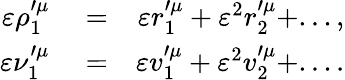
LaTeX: \begin{array}{rlr}{\varepsilon\rho_{1}^{\prime\mu}}&{{}=}&{\varepsilon r_{1}^{\prime\mu}+\varepsilon^{2}r_{2}^{\prime\mu}+...,}\\ {\varepsilon\nu_{1}^{\prime\mu}}&{{}=}&{\varepsilon v_{1}^{\prime\mu}+\varepsilon^{2}v_{2}^{\prime\mu}+....}\end{array}